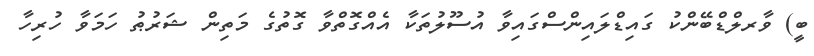
ބީ) ވާރލްޑްބޭންކު ގައިޑްލައިންސްގައިވާ އުސޫލުތަކާ އެއްގޮތްވާ ގޮތުގެ މަތިން ޝަރުޠު ހަމަވާ ހުރިހާ